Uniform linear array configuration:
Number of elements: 16
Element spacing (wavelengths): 0.25
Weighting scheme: binomial
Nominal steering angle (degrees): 15
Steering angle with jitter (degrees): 16.654
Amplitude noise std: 0.05
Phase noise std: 0.05

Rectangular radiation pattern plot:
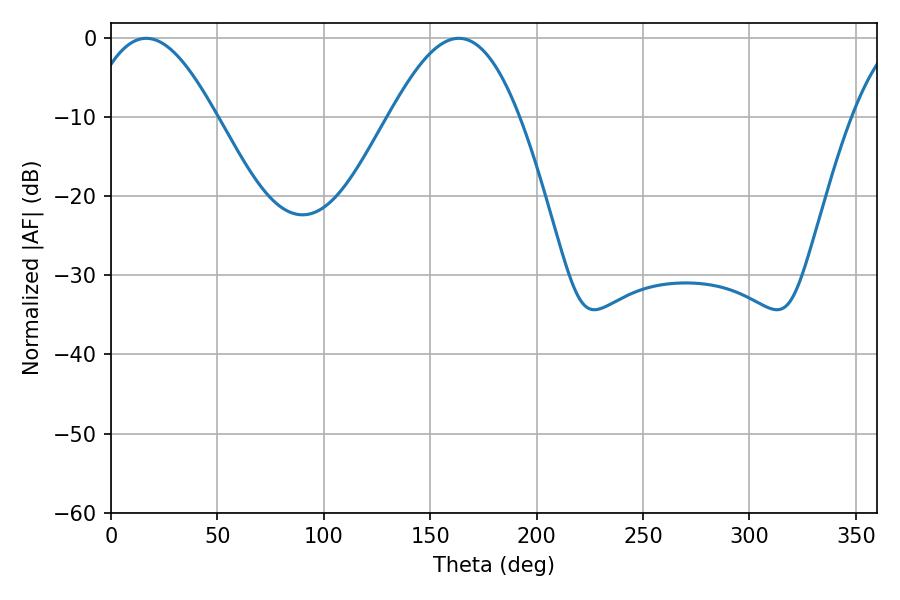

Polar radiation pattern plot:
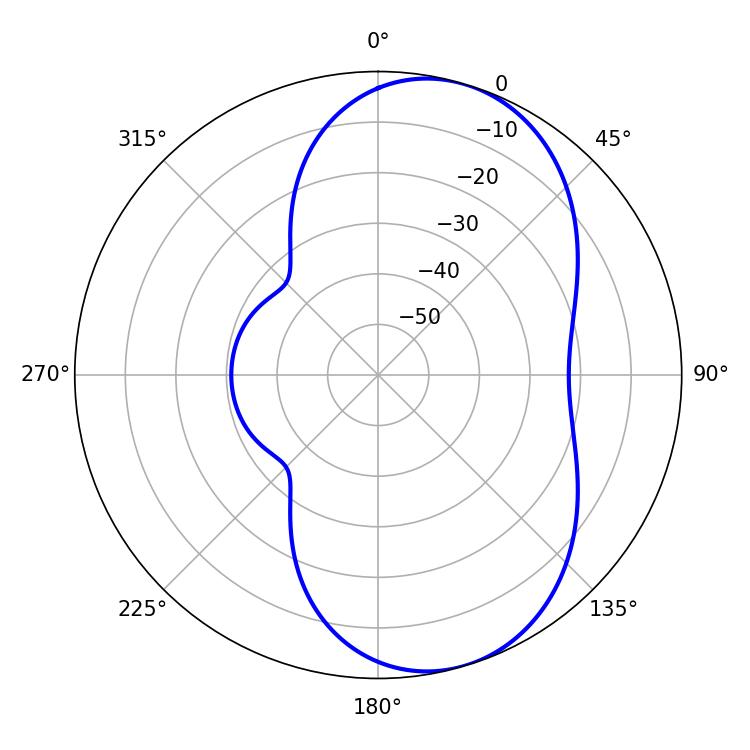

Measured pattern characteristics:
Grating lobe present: FALSE
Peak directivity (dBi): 7.164
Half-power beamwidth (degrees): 32.94
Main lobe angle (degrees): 16.56